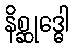
နိစ္ဆုဒ္ဓေါ